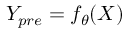
Y _ { p r e } = f _ { \theta } { ( X ) }